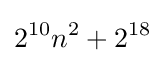
2^{10}n^{2}+2^{18}